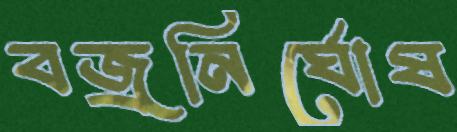
বজ্রনির্ঘোষ